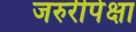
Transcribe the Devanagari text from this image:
जरुरीपेक्षा